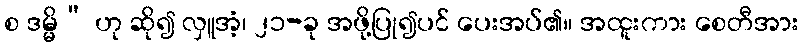
စ ဒမ္မိ” ဟု ဆို၍ လှူအံ့၊ ၂၁-ခု အဖို့ပြု၍ပင် ပေးအပ်၏။ အထူးကား စေတီအား